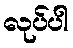
လုပ်ပါ